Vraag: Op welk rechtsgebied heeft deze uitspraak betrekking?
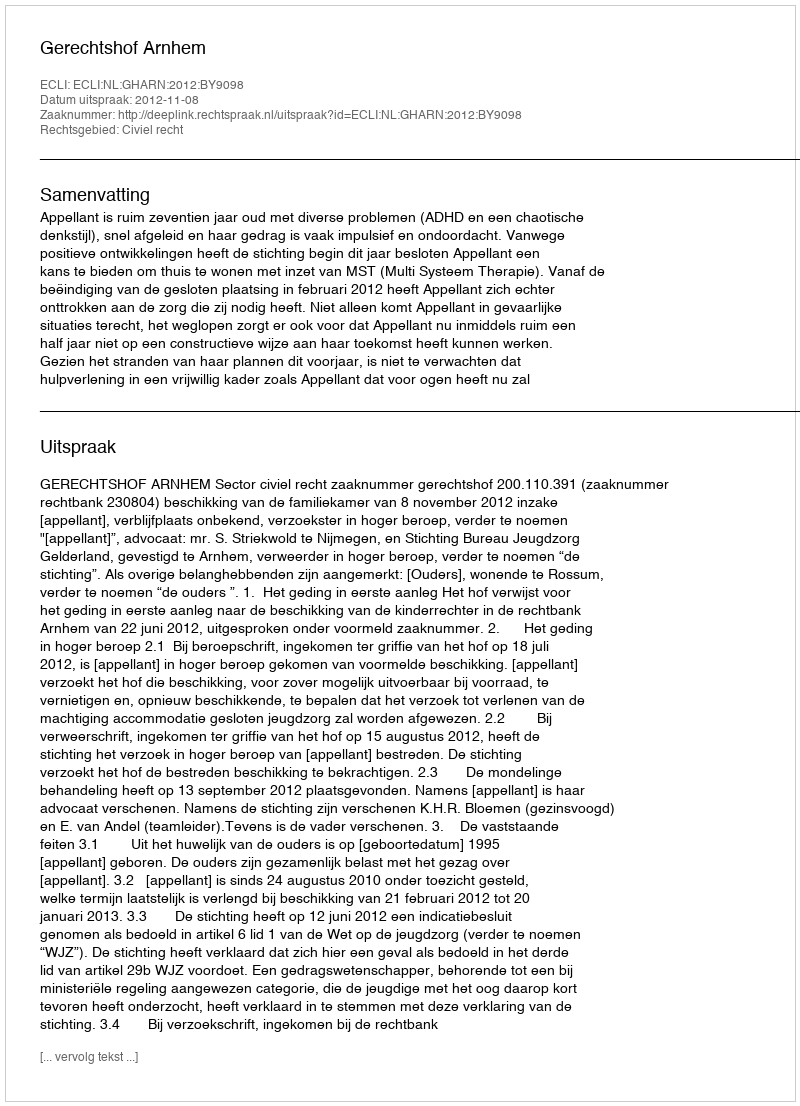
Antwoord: Civiel recht